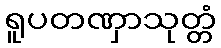
ရူပတဏှာသုတ္တံ